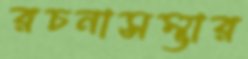
রচনাসম্ভার